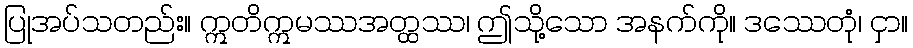
ပြုအပ်သတည်း။ ဣတိဣမဿအတ္ထဿ၊ ဤသို့သော အနက်ကို။ ဒဿေတုံ၊ ငှာ။